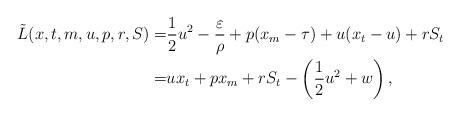
LaTeX: \begin{align*}\tilde{L}(x,t,m,u,p,r,S)=&\frac{1}{2}u^2-\frac{\varepsilon}{\rho}+p(x_m-\tau)+u(x_t-u)+rS_t\\=&ux_t+p x_m+rS_t-\left(\frac{1}{2}u^2+w\right), \end{align*}